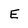
Character: E